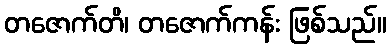
တဇောက်တိ၊ တဇောက်ကန်း ဖြစ်သည်။